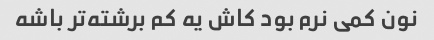
نون کمی نرم بود کاش یه کم برشته‌تر باشه